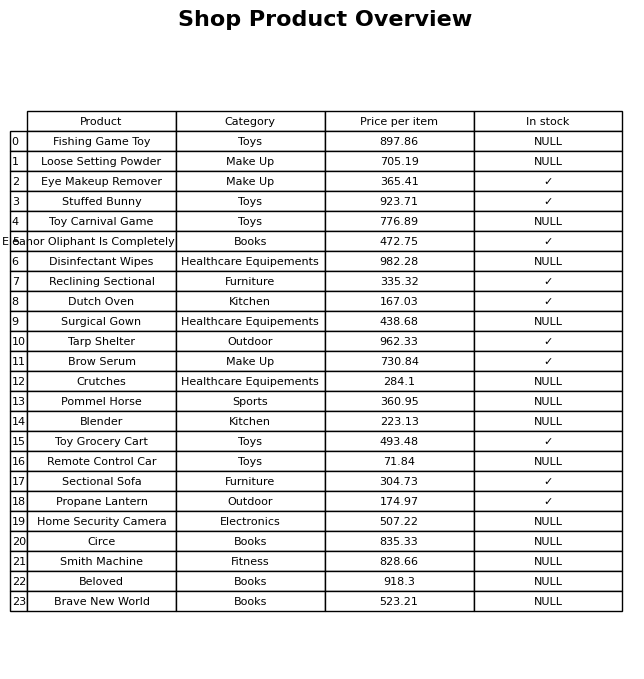
question: What is the price for Sectional Sofa?
answer: The price of Sectional Sofa is 304.73.